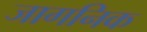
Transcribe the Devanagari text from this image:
जागनिक